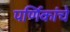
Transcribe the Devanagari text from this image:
पर्णिकांचे